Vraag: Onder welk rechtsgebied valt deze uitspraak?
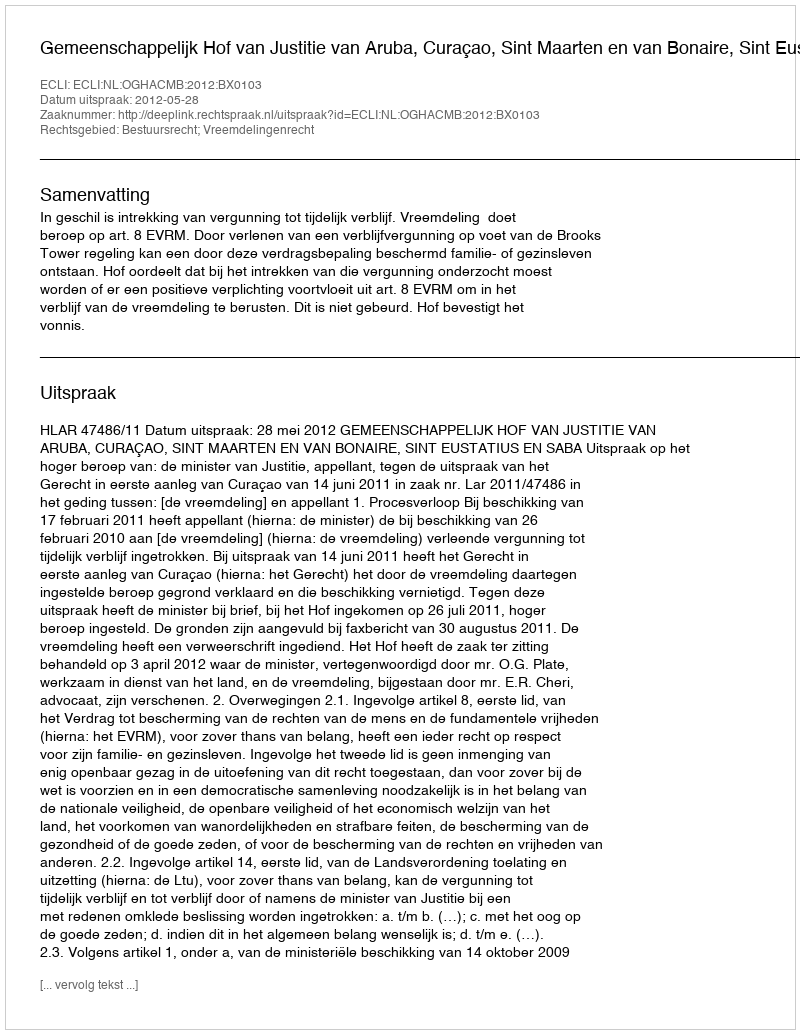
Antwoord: Bestuursrecht; Vreemdelingenrecht